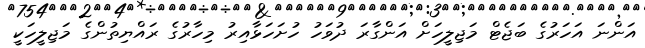
އަންނަ އަހަރުގެ ބަޖެޓް މަޖިލީހަށް އަންގާރަ ދުވަހު ހުށަހަޅާއިރު މިހާރުގެ ރައްޔިތުންގެ މަޖިލީހަކީ